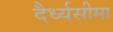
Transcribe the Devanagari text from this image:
दैर्ध्यसीमा